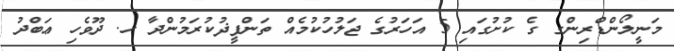
މަނީލޯންޑްރިންގ ގެ ކުށުގައި 5 އަހަރުގެ ޖަލުހުކުމެއް ތަންފީޛުކުރަމުންދާ ހ. ދޫވެހި ޢަބްދު